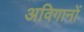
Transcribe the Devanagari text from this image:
अविगानों